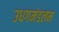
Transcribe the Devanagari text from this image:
उधगमंडलम